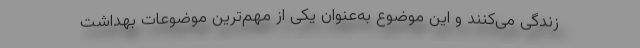
زندگی می‌کنند و این موضوع به‌عنوان یکی از مهم‌ترین موضوعات بهداشت